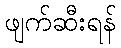
ဖျက်ဆီးရန်